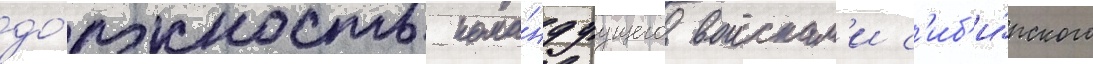
до́лжность кома́ндуущего воискам'и с'иб'и́рского